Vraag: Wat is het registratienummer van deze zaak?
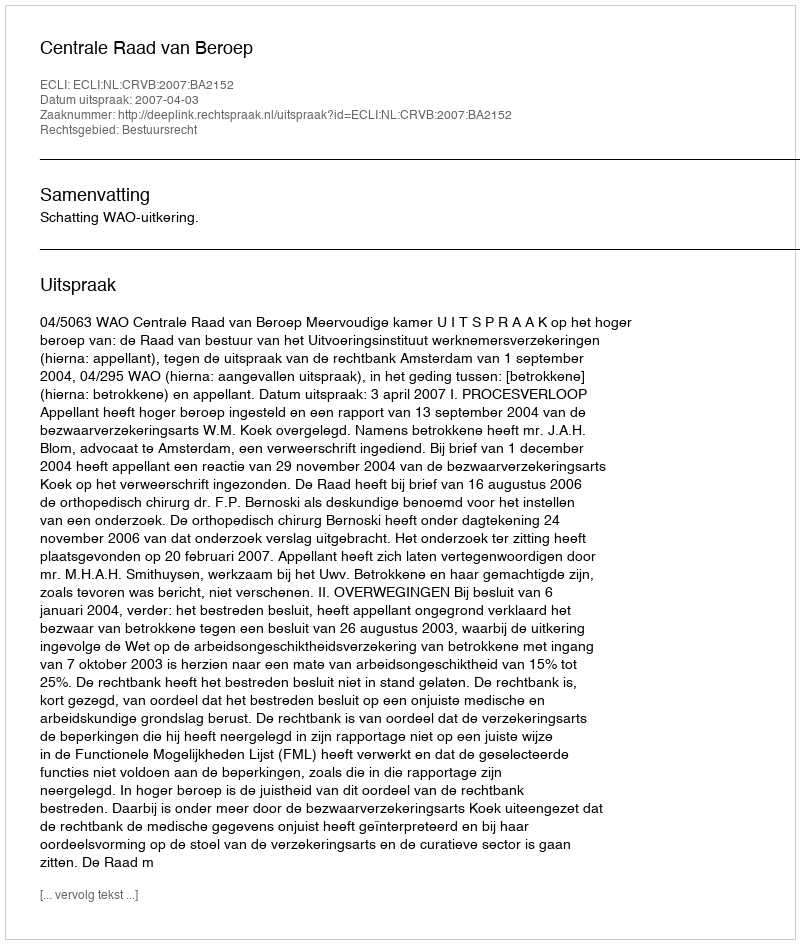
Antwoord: http://deeplink.rechtspraak.nl/uitspraak?id=ECLI:NL:CRVB:2007:BA2152